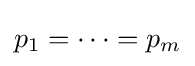
p_{1}=\cdots =p_{m}